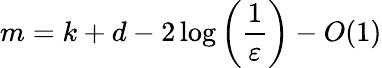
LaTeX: m=k+d-2\log\left({\frac{1}{\varepsilon}}\right)-O(1)